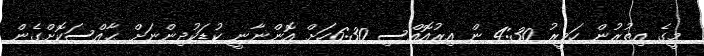
މީގެ އިތުރުން ހަވީރު 4:30 ން އިރުއޮއްސި 6:30ހަށް އޮންނާނީ ކުޑަކުދިންނަށް ޙާއްސަކޮށްގެން